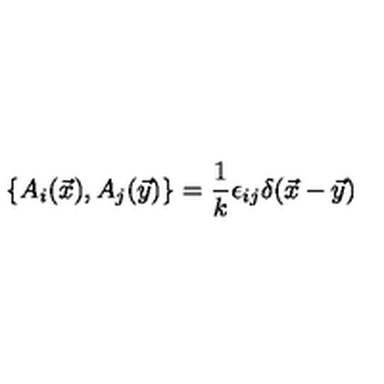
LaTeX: \{ A _ { i } ( \vec { x } ) , A _ { j } ( \vec { y } ) \} = \frac { 1 } { k } \epsilon _ { i j } \delta ( \vec { x } - \vec { y } )